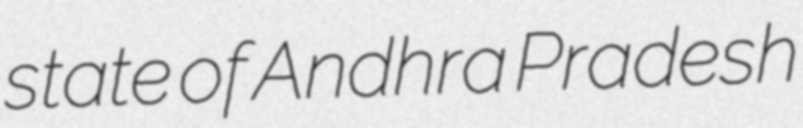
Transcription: state of Andhra Pradesh